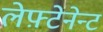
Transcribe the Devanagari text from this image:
लेफ़्टेनेन्ट